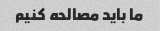
ما باید مصالحه کنیم